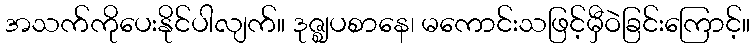
အသက်ကိုပေးနိုင်ပါလျက်။ ဒုဇ္ဈပစာနေ၊ မကောင်းသဖြင့်မှီဝဲခြင်းကြောင့်။